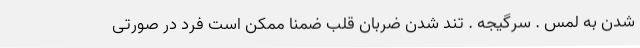
شدن به لمس . سرگیجه . تند شدن ضربان قلب ضمناً ممکن است فرد در صورتی